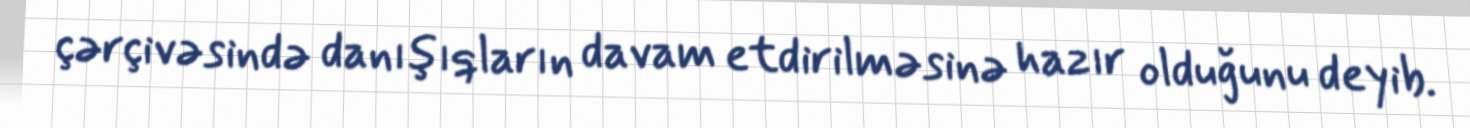
çərçivəsində danışıqların davam etdirilməsinə hazır olduğunu deyib.